Vaccination in Bombay 1856-1862 - 1856-1862
Year: 1856
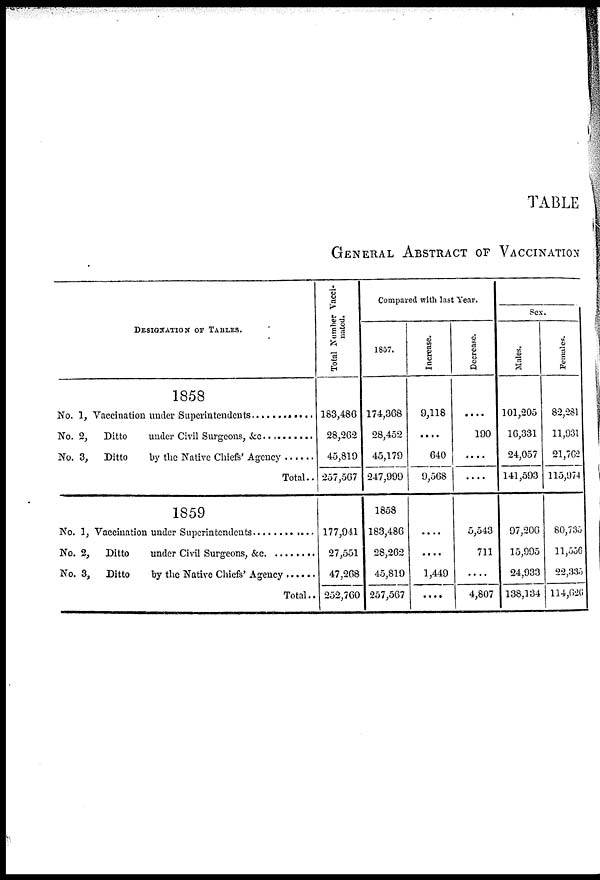
TABLE
GENERAL ABSTRACT OF VACCINATION
DESIGNATION OF TABLES.
1858
No.1,Vaccination under Superintendents ..........
No.2, Ditto under Civil surgeons,&c ..........
No.3, Ditto by Native Chiefs' Agency ..........
Total..
1859
No.1,Vaccination under Superintendents ...........
No.2, Ditto under Civil surgeons,&c ..........
No.3, Ditto by Native Chiefs' Agency ..........
Total..
Total Number Vacci-
nated.
183,486
28,262
45,819
257,567
177,941
27,551
47,268
252,760
Compared with last Year.
1857.
174,368
28,452
45,179
247,999
1858
183,486
28,262
45,819
257,567
Increase.
9,118
....
640
9,568
....
....
1,449
....
Decrease.
....
190
....
....
5,543
711
....
4,807
Sex.
Males.
101,205
16,331
24,057
141,593
97,206
15,995
24,933
138,134
Females.
82,281
11,031
21,762
115,974
80,735
11,556
22,335
114,626